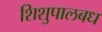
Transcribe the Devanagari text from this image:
शिशुपालबध